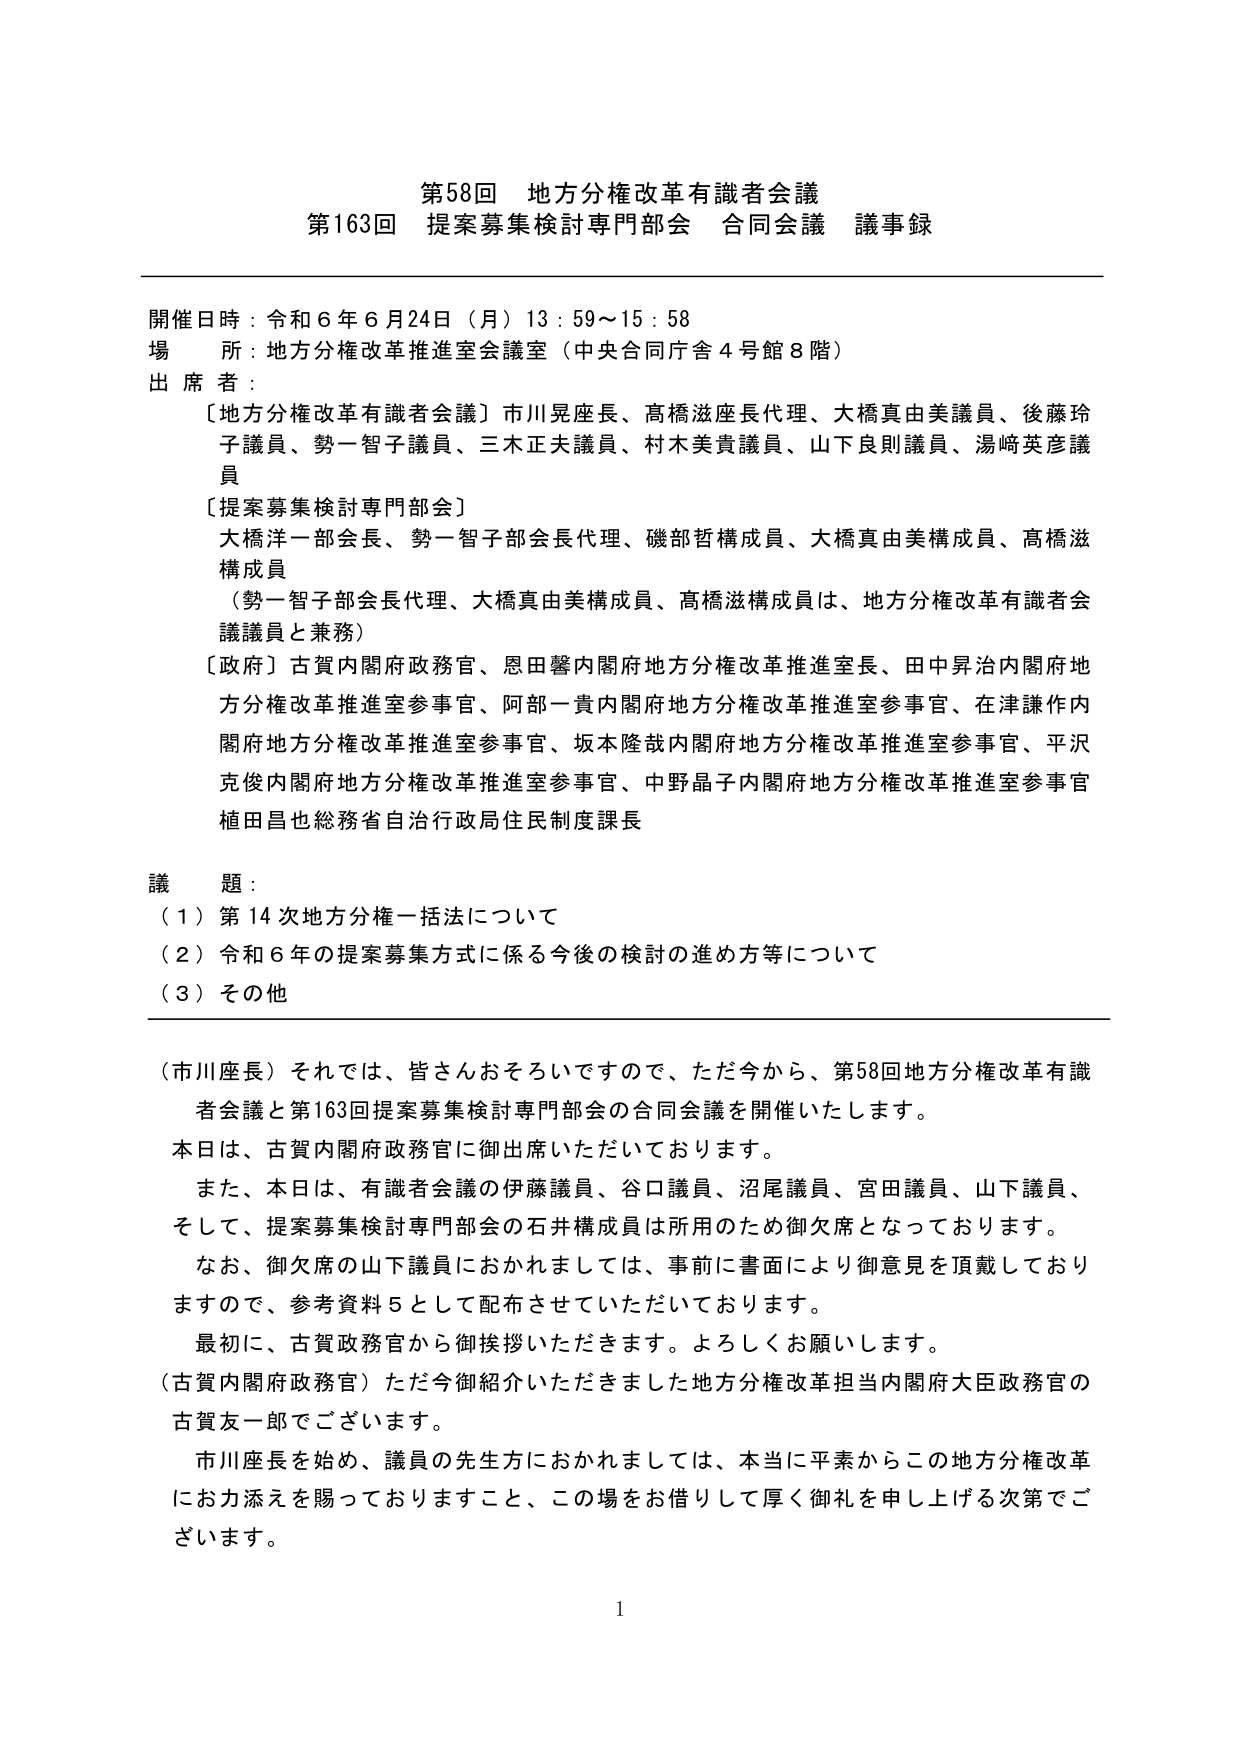
第58回 地方分権改革有識者会議
第163回 提案募集検討専門部会 合同会議 議事録

開催日時：令和6年6月24日（月）13：59～15：58
場 所：地方分権改革推進室会議室（中央合同庁舎4号館8階）
出 席 者：
［地方分権改革有識者会議］市川晃座長、高橋滋座長代理、大橋真由美議員、後藤玲子議員、勢一智子議員、三木正夫議員、村木美貴議員、山下良則議員、湯崎英彦議員
［提案募集検討専門部会］
大橋洋一部会長、勢一智子部会長代理、磯部哲構成員、大橋真由美構成員、高橋滋構成員
（勢一智子部会長代理、大橋真由美構成員、高橋滋構成員は、地方分権改革有識者会議議員と兼務）
［政府］古賀内閣府政務官、恩田馨内閣府地方分権改革推進室長、田中昇治内閣府地方分権改革推進室参事官、阿部一貴内閣府地方分権改革推進室参事官、在津謙作内閣府地方分権改革推進室参事官、坂本隆哉内閣府地方分権改革推進室参事官、平沢克俊内閣府地方分権改革推進室参事官、中野晶子内閣府地方分権改革推進室参事官、植田昌也総務省自治行政局住民制度課長

議 題：
（1）第14次地方分権一括法について
（2）令和6年の提案募集方式に係る今後の検討の進め方等について
（3）その他

（市川座長）それでは、皆さんおそろいですので、ただ今から、第58回地方分権改革有識者会議と第163回提案募集検討専門部会の合同会議を開催いたします。
本日は、古賀内閣府政務官に御出席いただいております。
また、本日は、有識者会議の伊藤議員、谷口議員、沼尾議員、宮田議員、山下議員、そして、提案募集検討専門部会の石井構成員は所用のため御欠席となっております。
なお、御欠席の山下議員におかれましては、事前に書面により御意見を頂戴しておりますので、参考資料5として配布させていただいております。
最初に、古賀政務官から御挨拶いただきます。よろしくお願いします。
（古賀内閣府政務官）ただ今御紹介いただきました地方分権改革担当内閣府大臣政務官の古賀友一郎でございます。
市川座長を始め、議員の先生方におかれましては、本当に平素からこの地方分権改革にお力添えを賜っておりますこと、この場をお借りして厚く御礼を申し上げる次第でございます。

1